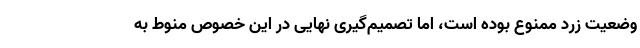
وضعیت زرد ممنوع بوده است، اما تصمیم‌گیری نهایی در این خصوص منوط به